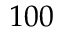
1 0 0